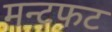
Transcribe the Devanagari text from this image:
मन्टफट